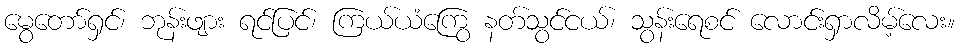
မွေတော်ရှင်၊ ဘုန်းဖျား ရင်ပြင်၊ ကြယ်ယံကြွေ နတ်သွင်ငယ်၊ သွန်းရေစင် လောင်းရှာလိမ့်လေး။